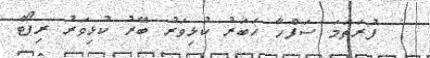
ފުރަތަމަ ސަފްހާ ޚަބަރު ކުޅިވަރު ބޭރު ކުޅިވަރު ރިޕޯޓް